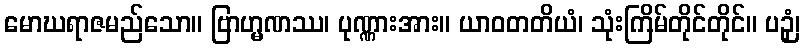
မောဃရာဇမည်သော။ ဗြာဟ္မဏဿ၊ ပုဏ္ဏားအား။ ယာဝတတိယံ၊ သုံးကြိမ်တိုင်တိုင်။ ပဉှံ၊